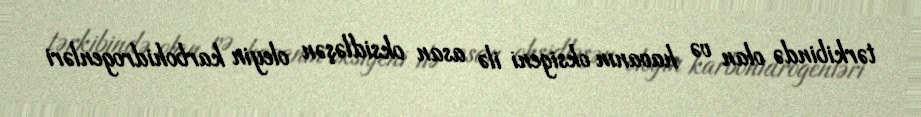
tərkibində olan və havanın oksigeni ilə asan oksidləşən oleyin karbohidrogenləri